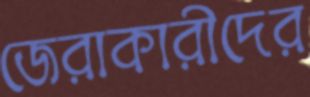
জেরাকারীদের